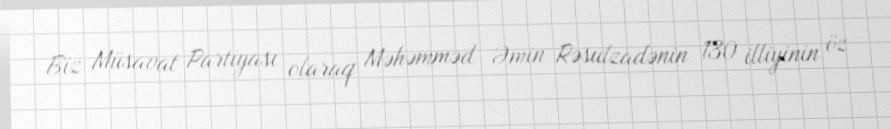
Biz Müsavat Partiyası olaraq Məhəmməd Əmin Rəsulzadənin 130 illiyinin öz